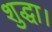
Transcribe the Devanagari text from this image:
शुद्धा।